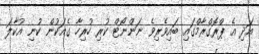
އަދި އެ ޕްރޮގްރާމްގައި ބައިވެރިވެ ނަންނޯޓް ކުރި ހުރިހާ ގެއަކުން ކުނި އުކާލަ